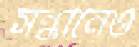
সন্ধানেও